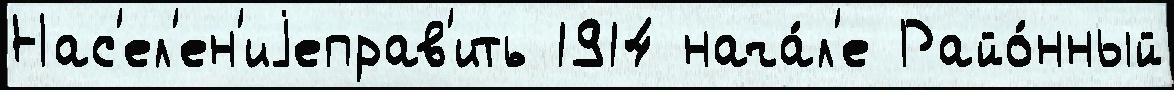
Нас'ел'ен'иjеправ'ить 1914 нача́л'е Райо́нный